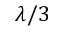
\lambda / 3